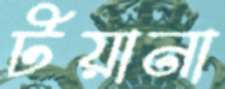
টয়ানা